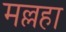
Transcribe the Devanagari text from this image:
मल्लहा